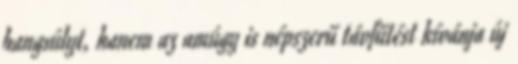
hangsúlyt, hanem az amúgy is népszerű távfűtést kívánja új